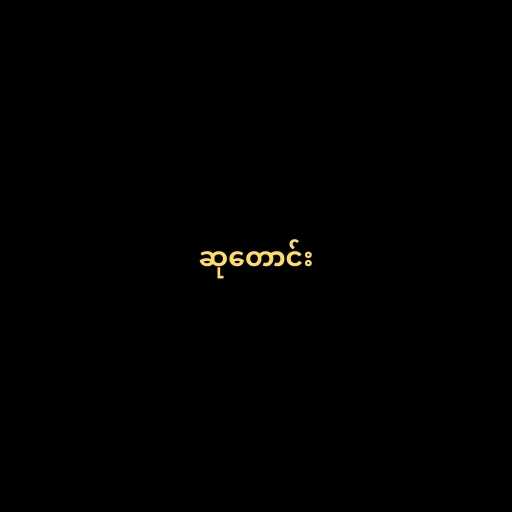
ဆုတောင်း